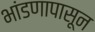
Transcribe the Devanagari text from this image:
भांडणापासून